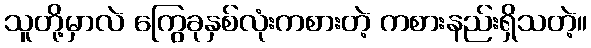
သူတို့မှာလဲ ကြွေခုနှစ်လုံးကစားတဲ့ ကစားနည်းရှိသတဲ့။